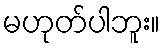
မဟုတ်ပါဘူး။